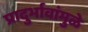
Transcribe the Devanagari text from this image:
प्रादुर्भावांमुळे